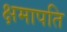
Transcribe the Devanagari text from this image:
क्षमापति